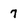
Character: 7